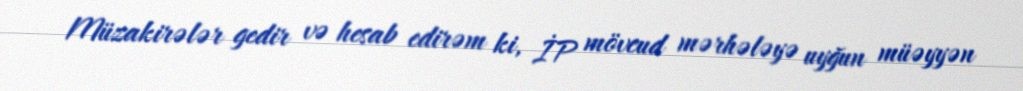
Müzakirələr gedir və hesab edirəm ki, İP mövcud mərhələyə uyğun müəyyən